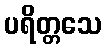
ပရိတ္တသေ